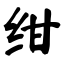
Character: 绀